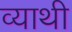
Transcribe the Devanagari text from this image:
व्याथी